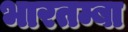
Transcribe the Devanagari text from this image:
भारतम्बा